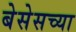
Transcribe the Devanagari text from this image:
बेसेसच्या